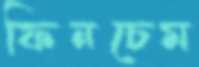
ফিনচেম